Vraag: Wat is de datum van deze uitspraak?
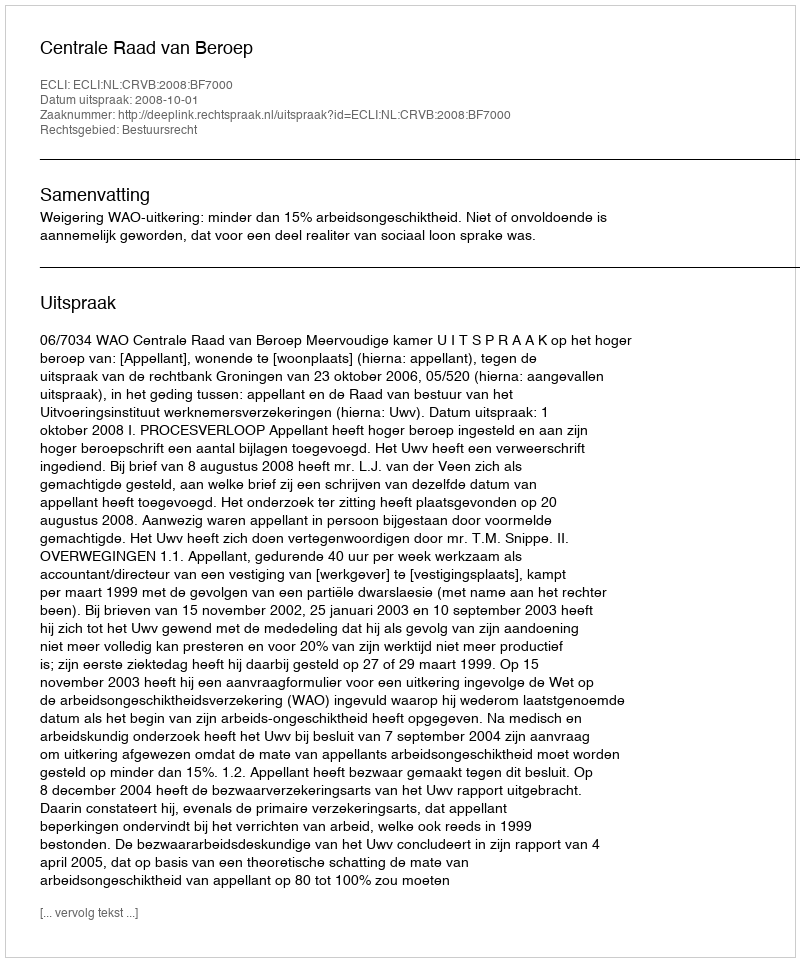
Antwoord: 2008-10-01